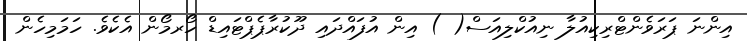
އިންނަ ޕަރަވެންޓްރިކިއުލާ ނިއުކްލިއަސް( ) އިން އުފައްދައި ދޫކުރާޕެޕްޓައިޑް ހޯރމޯން އެކެވެ. ހަމަމިހެން